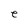
Character: e